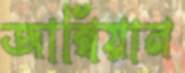
জাম্বিয়ান